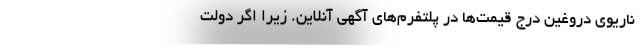
ناریوی دروغین درج قیمت‌ها در پلتفرم‌های آگهی آنلاین. زیرا اگر دولت